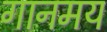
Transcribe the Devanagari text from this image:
गानमय